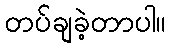
တပ်ချခဲ့တာပါ။